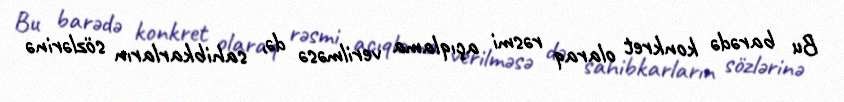
Bu barədə konkret olaraq rəsmi açıqlama verilməsə də, sahibkarların sözlərinə